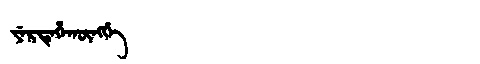
Manchu: ᠶᡝᡵᡨᡝᡥᠠᡴᡡᠩᡤᡝ
Romanization: YERTEHAKŪNGGE